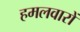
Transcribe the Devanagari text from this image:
हमलवारों